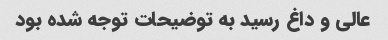
عالی و داغ رسید به توضیحات توجه شده بود